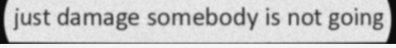
just damage somebody is not going